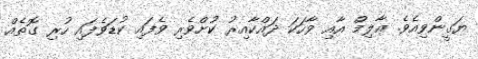
ޔަގީންވިއެވެ. ޢާލިމް އާއި ވާހަކަ ދައްކާއިރު ކުށްވެރި ވެފައި ކުޑަވެފައި ހުރި ގޮތެއް